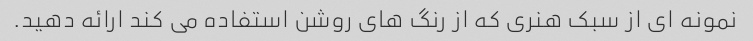
نمونه ای از سبک هنری که از رنگ های روشن استفاده می کند ارائه دهید.